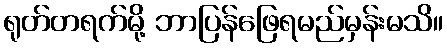
ရုတ်တရက်မို့ ဘာပြန်ဖြေရမည်မှန်းမသိ။